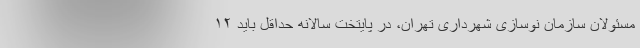
مسئولان سازمان نوسازی شهرداری تهران، در پایتخت سالانه حداقل باید ۱۲